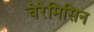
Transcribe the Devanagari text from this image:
चेरेमिसिन